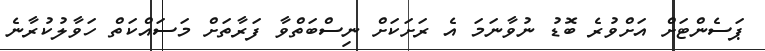
ޕަސެންޓަށް އަށްވުރެ ބޮޑު ނުވާނަމަ އެ ރަށަކަށް ނިސްބަތްވާ ފަރާތަށް މަސައްކަތް ހަވާލުކުރާނެ